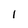
Character: 1